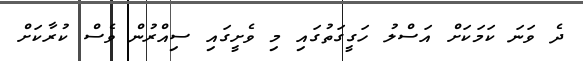
ދެ ވަނަ ކަމަކަށް އަސްލު ހަގީގަތުގައި މި ވެށީގައި ސިއްރުން ވެސް ކުރާކަށް